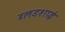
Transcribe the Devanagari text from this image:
ब्लडशाई